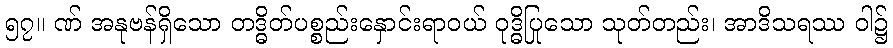
၅၇။ ဏ် အနုဗန်ရှိသော တဒ္ဓိတ်ပစ္စည်းနှောင်းရာဝယ် ဝုဒ္ဓိပြုသော သုတ်တည်း၊ အာဒိသရဿ ဝါ၌